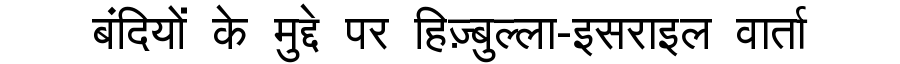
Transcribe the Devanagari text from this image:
बंदियों के मुद्दे पर हिज़्बुल्ला-इसराइल वार्ता